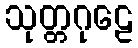
သုတ္တဂုဠေ